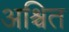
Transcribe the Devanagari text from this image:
अश्चित